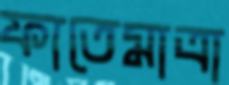
ফাতেমাত্রা